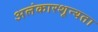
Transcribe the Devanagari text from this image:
अलंकारशून्यता